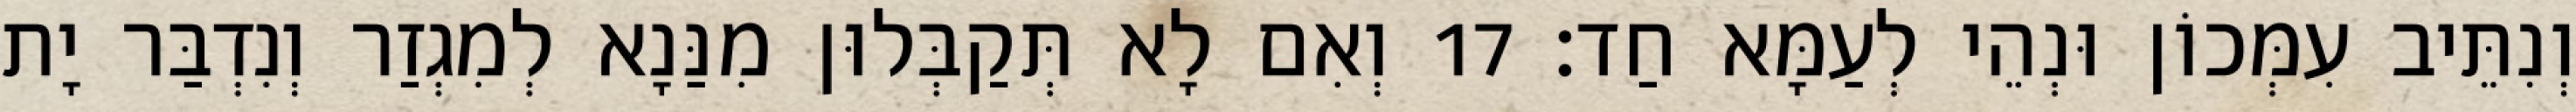
וְנִתֵּיב עִמְּכוֹן וּנְהֵי לְעַמָּא חַד׃ 17 וְאִם לָא תְּקַבְּלוּן מִנַּנָא לְמִגְזַר וְנִדְבַּר יָת